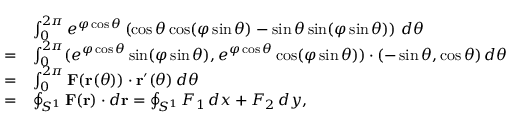
{ \begin{array} { r l } & { \int _ { 0 } ^ { 2 \pi } e ^ { \varphi \cos \theta } \left( \cos \theta \cos ( \varphi \sin \theta ) - \sin \theta \sin ( \varphi \sin \theta ) \right) \, d \theta } \\ { = } & { \int _ { 0 } ^ { 2 \pi } ( e ^ { \varphi \cos \theta } \sin ( \varphi \sin \theta ) , e ^ { \varphi \cos \theta } \cos ( \varphi \sin \theta ) ) \cdot ( - \sin \theta , \cos \theta ) \, d \theta } \\ { = } & { \int _ { 0 } ^ { 2 \pi } \mathbf { F } ( \mathbf { r } ( \theta ) ) \cdot \mathbf { r } ^ { \prime } ( \theta ) \, d \theta } \\ { = } & { \oint _ { S ^ { 1 } } \mathbf { F } ( \mathbf { r } ) \cdot d \mathbf { r } = \oint _ { S ^ { 1 } } F _ { 1 } \, d x + F _ { 2 } \, d y , } \end{array} }